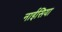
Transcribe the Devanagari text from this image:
नाईसिया